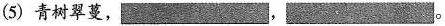
(5) 青树翠蔓，___ ，___ 。